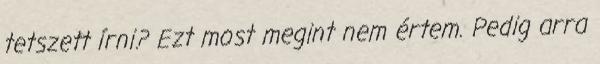
tetszett írni? Ezt most megint nem értem. Pedig arra